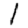
Digit: 1